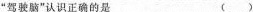
”驾驶脑”认识正确的是()